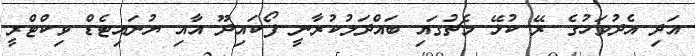
އަދި އެދުވަހުގެ ރޭ ކުޅޭ މެޗުގައި ބައްދަލުކުރާނީ ފޯކައިދޫ އާއި ޔުނައިޓެޑް ވިކްޓްރީ